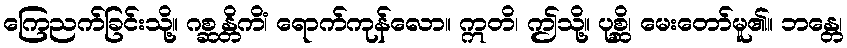
ကြေညက်ခြင်းသို့။ ဂစ္ဆန္တိကိံ၊ ရောက်ကုန်လော။ ဣတိ၊ ဤသို့။ ပုစ္ဆိ၊ မေးတော်မူ၏။ ဘန္တေ၊